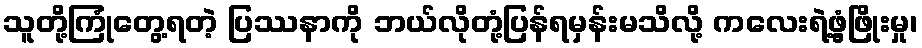
သူတို့ကြုံတွေ့ရတဲ့ ပြဿနာကို ဘယ်လိုတုံ့ပြန်ရမှန်းမသိလို့ ကလေးရဲ့ဖွံ့ဖြိုးမှု၊